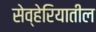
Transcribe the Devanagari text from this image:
सेव्हेरियातील